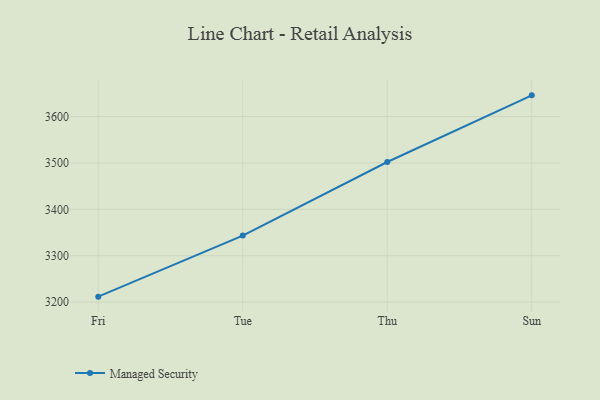
{"axis": {"x": "Day", "y": "Active Users"}, "legend": ["Managed Security"], "data": [{"x": "Fri", "y": 3211.7, "type": "Managed Security"}, {"x": "Tue", "y": 3343.4, "type": "Managed Security"}, {"x": "Thu", "y": 3502.0, "type": "Managed Security"}, {"x": "Sun", "y": 3645.7, "type": "Managed Security"}]}